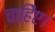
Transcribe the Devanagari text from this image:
चाहिेए।